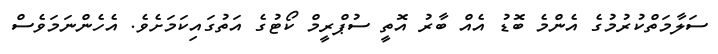
ސަލާމަތްކުރުމުގެ އެންމެ ބޮޑު އެއް ބާރު އޮތީ ސުޕްރީމް ކޯޓުގެ އަތުގައިކަމަށެވެ. އެހެންނަމަވެސް